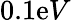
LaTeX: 0.1\mathrm{e}V